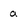
Character: a